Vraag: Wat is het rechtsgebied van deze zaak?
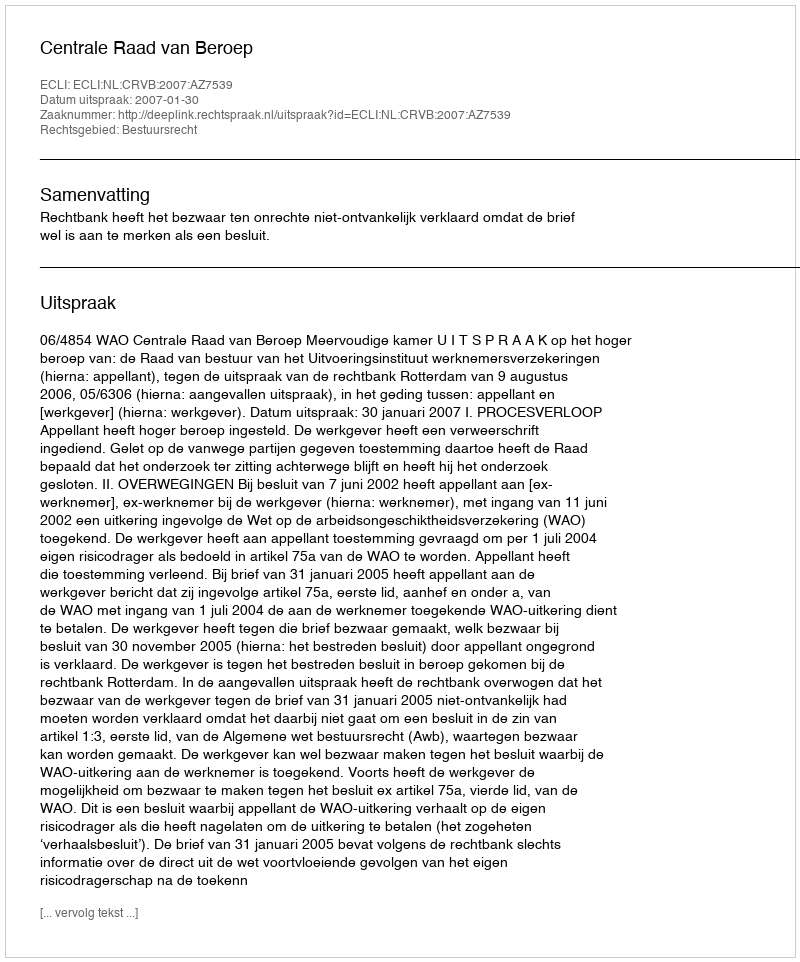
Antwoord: Bestuursrecht